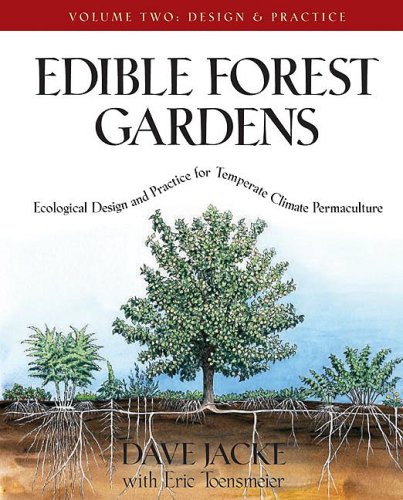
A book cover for Edible Forest Gardens, Vol. 2: Ecological Design And Practice For Temperate-Climate Permaculture; Dave Jacke; Crafts, Hobbies & Home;